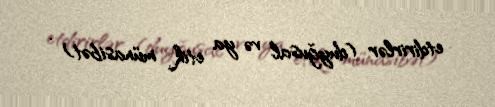
etdirirlər (duyğusal və ya etik münasibət) .